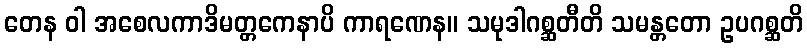
တေန ဝါ အစေလကာဒိမတ္တကေနာပိ ကာရဏေန။ သမုဒါဂစ္ဆတီတိ သမန္တတော ဥပဂစ္ဆတိ